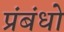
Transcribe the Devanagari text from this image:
प्रंबंधो